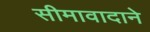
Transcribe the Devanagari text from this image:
सीमावादाने